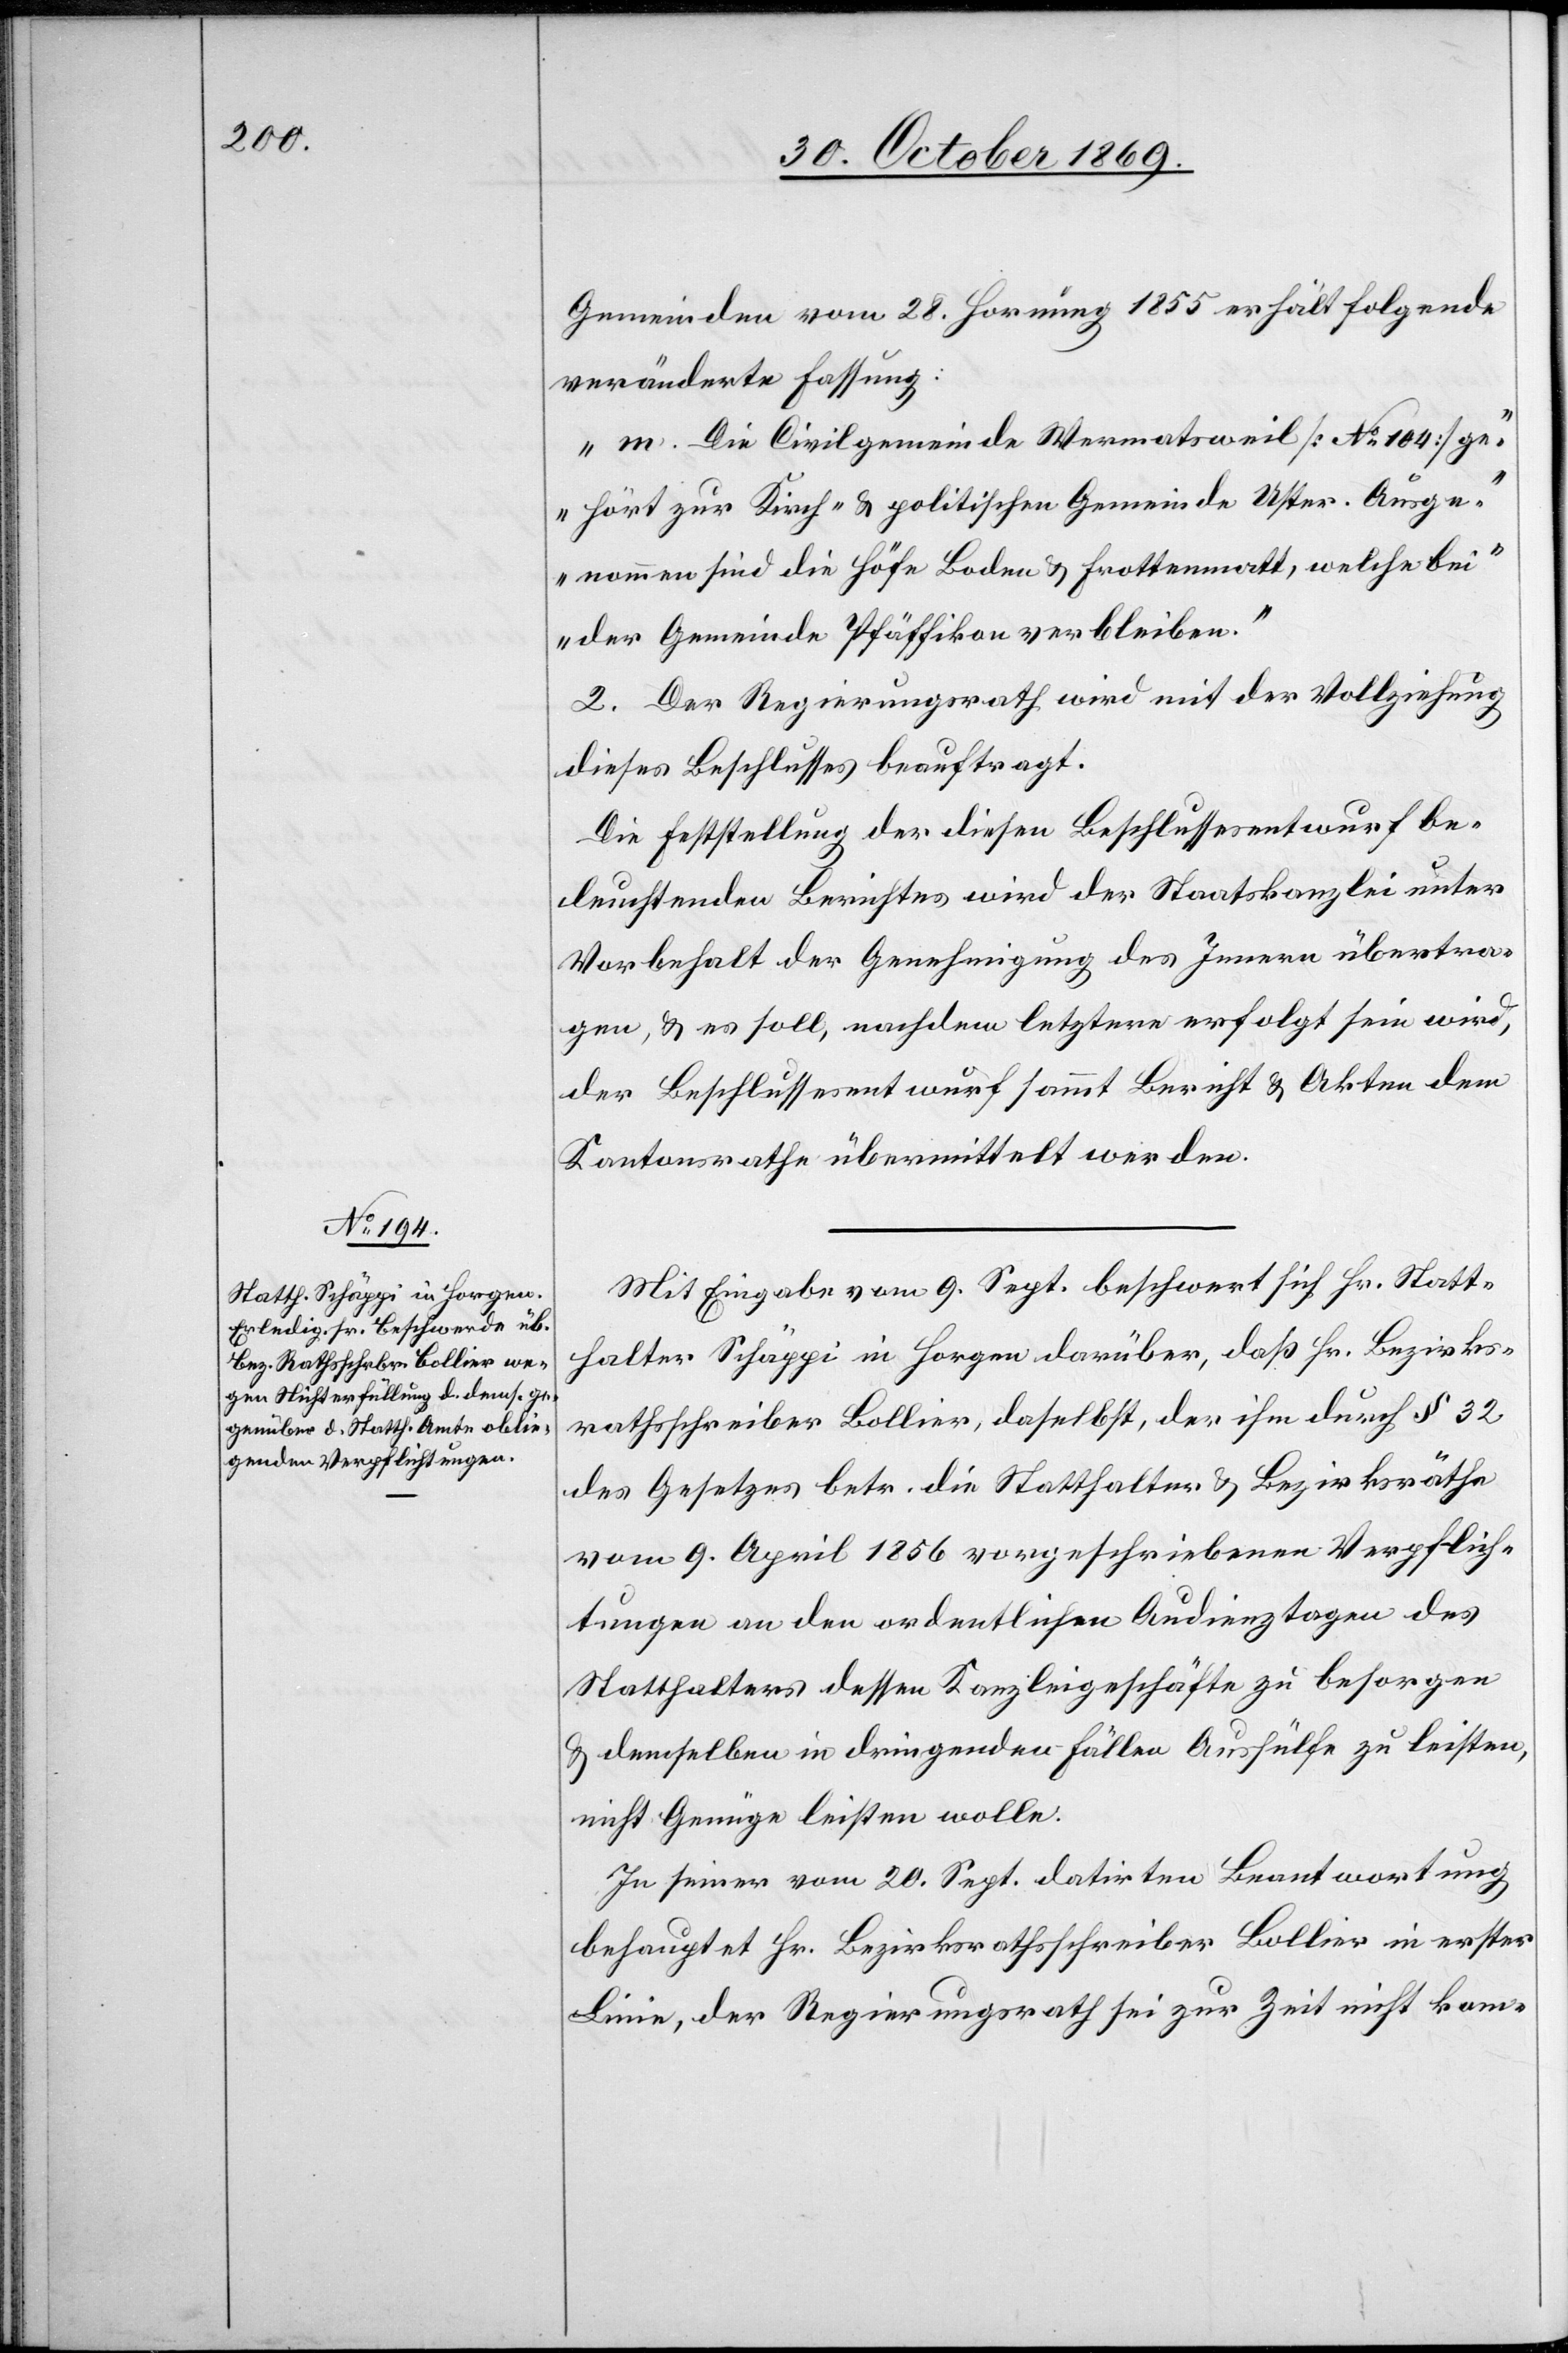
Gemeinden vom 28. Hornung 1855 erhält folgende
veränderte Fassung:
„m. Die Civilgemeinde Wermatsweil [No 104] ge¬
hört zur Kirch- & politischen Gemeinde Uster. Ausge¬
nommen sind die Höfe Boden & Frottenmatt, welche bei
der Gemeinde Pfäffikon verbleiben.“
2. Der Regierungsrath wird mit der Vollziehung
dieses Beschlusses beauftragt.
Die Feststellung der [sic!] diesen Beschlussesentwurf be¬
leuchtenden Berichtes wird der Staatskanzlei unter
Vorbehalt der Genehmigung des Innern übertra¬
gen, & es soll, nachdem letztere erfolgt sein wird,
der Beschlussesentwurf sammt Bericht & Akten dem
Kantonsrathe übermittelt werden.
Mit Eingabe vom 9. Sept. beschwert sich Hr. Statt¬
halter Schäppi in Horgen darüber, daß Hr. Bezirks¬
rathsschreiber Bollier, daselbst, der ihm durch § 32
des Gesetzes betr. die Statthalter & Bezirksräthe
vom 9. April 1856 vorgeschriebenen Verpflich¬
tungen an den ordentlichen Audienztagen des
Statthalters dessen Kanzleigeschäfte zu besorgen
& demselben in dringenden Fällen Aushülfe zu leisten,
nicht Genüge leisten wolle.
In seiner vom 20. Sept. datirten Beantwortung
behauptet Hr. Bezirksrathsschreiber Bollier in erster
Linie, der Regierungsrath sei zur Zeit nicht kom-